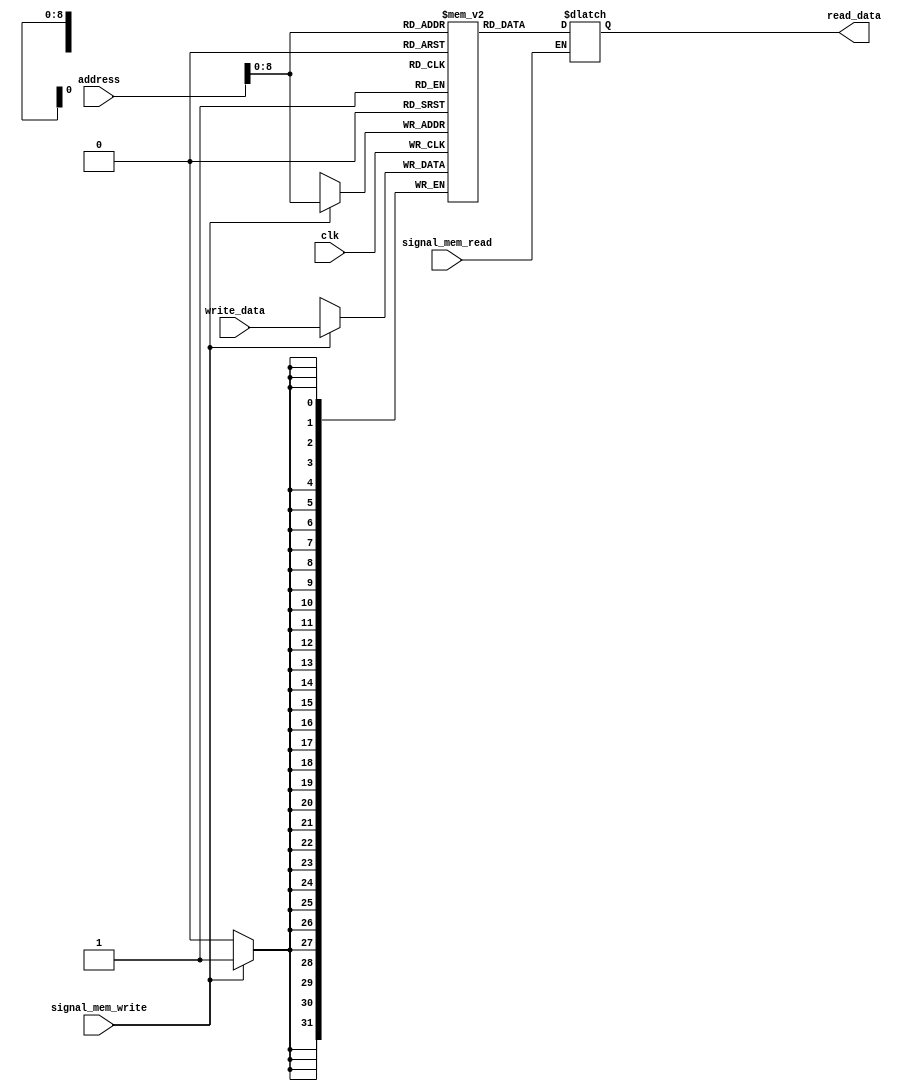
module mips_data_memory(

	output reg[31:0] read_data,
	input [31:0] write_data,
	input [31:0] address,
	input signal_mem_write, signal_mem_read, clk
	
);

	reg [31:0] memregisters [256:0];
	
/*If the signal_mem_read signal is 1, reading from memory is performed.*/ 
	always @(*)
	begin
		if(signal_mem_read == 1)
			read_data <= memregisters[address];
	end
/************************************************************************/

/*If the signal_mem_write signal is 1, the operation of writing to memory is performed.*/
	always @(posedge clk)
	begin
		if(signal_mem_write == 1)
			memregisters[address] <= write_data;		
	end
/***************************************************************************************/ 
		
endmodule